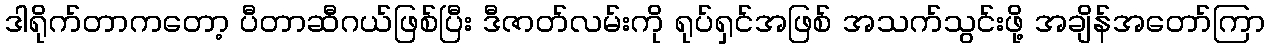
ဒါရိုက်တာကတော့ ပီတာဆီဂယ်ဖြစ်ပြီး ဒီဇာတ်လမ်းကို ရုပ်ရှင်အဖြစ် အသက်သွင်းဖို့ အချိန်အတော်ကြာ